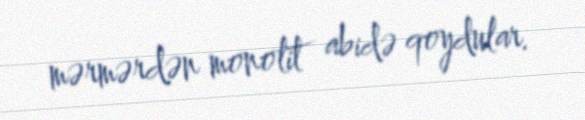
mərmərdən monolit abidə qoydular.